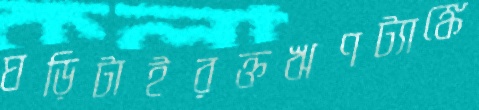
ঘড়িটাইরক্তঋণট্যাঙ্কে